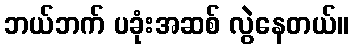
ဘယ်ဘက် ပခုံးအဆစ် လွဲနေတယ်။